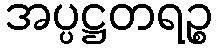
အပ္ပဋ္ဌတရဉ္စ